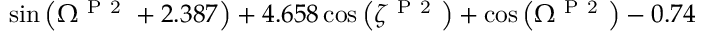
\sin { \left( \Omega ^ { \mathrm { ~ P ~ 2 ~ } } + 2 . 3 8 7 \right) } + 4 . 6 5 8 \cos { \left( \zeta ^ { \mathrm { ~ P ~ 2 ~ } } \right) } + \cos { \left( \Omega ^ { \mathrm { ~ P ~ 2 ~ } } \right) } - 0 . 7 4